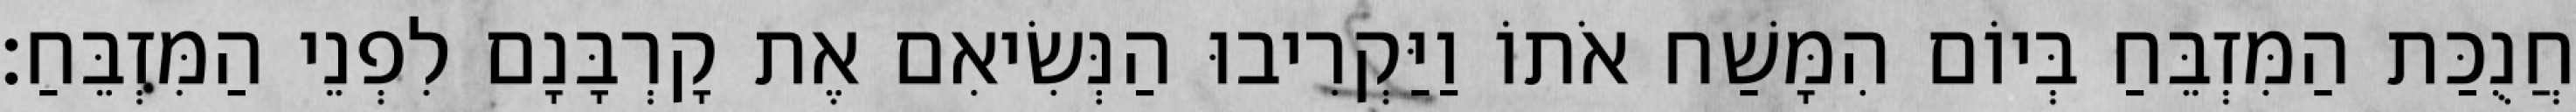
חֲנֻכַּת הַמִּזְבֵּחַ בְּיוֹם הִמָּשַׁח אֹתוֹ וַיַּקְרִיבוּ הַנְּשִׂיאִם אֶת קָרְבָּנָם לִפְנֵי הַמִּזְבֵּחַ׃